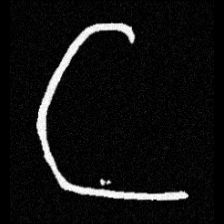
Pyu character \u2014 Myanmar letter: ဋ (romanized: tta)